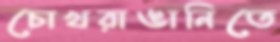
চোখরাঙানিতে